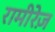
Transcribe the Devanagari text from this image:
रामीरेज़